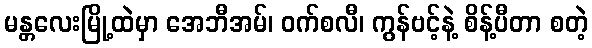
မန္တလေးမြို့ထဲမှာ အေဘီအမ်၊ ဝက်စလီ၊ ကွန်ဗင့်နဲ့ စိန့်ပီတာ စတဲ့